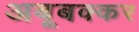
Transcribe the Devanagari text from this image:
अबूबक्कर